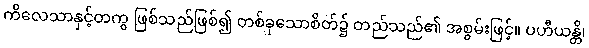
ကိလေသာနှင့်တကွ ဖြစ်သည်ဖြစ်၍ တစ်ခုသောစိတ်၌ တည်သည်၏ အစွမ်းဖြင့်။ ပဟီယန္တိ၊